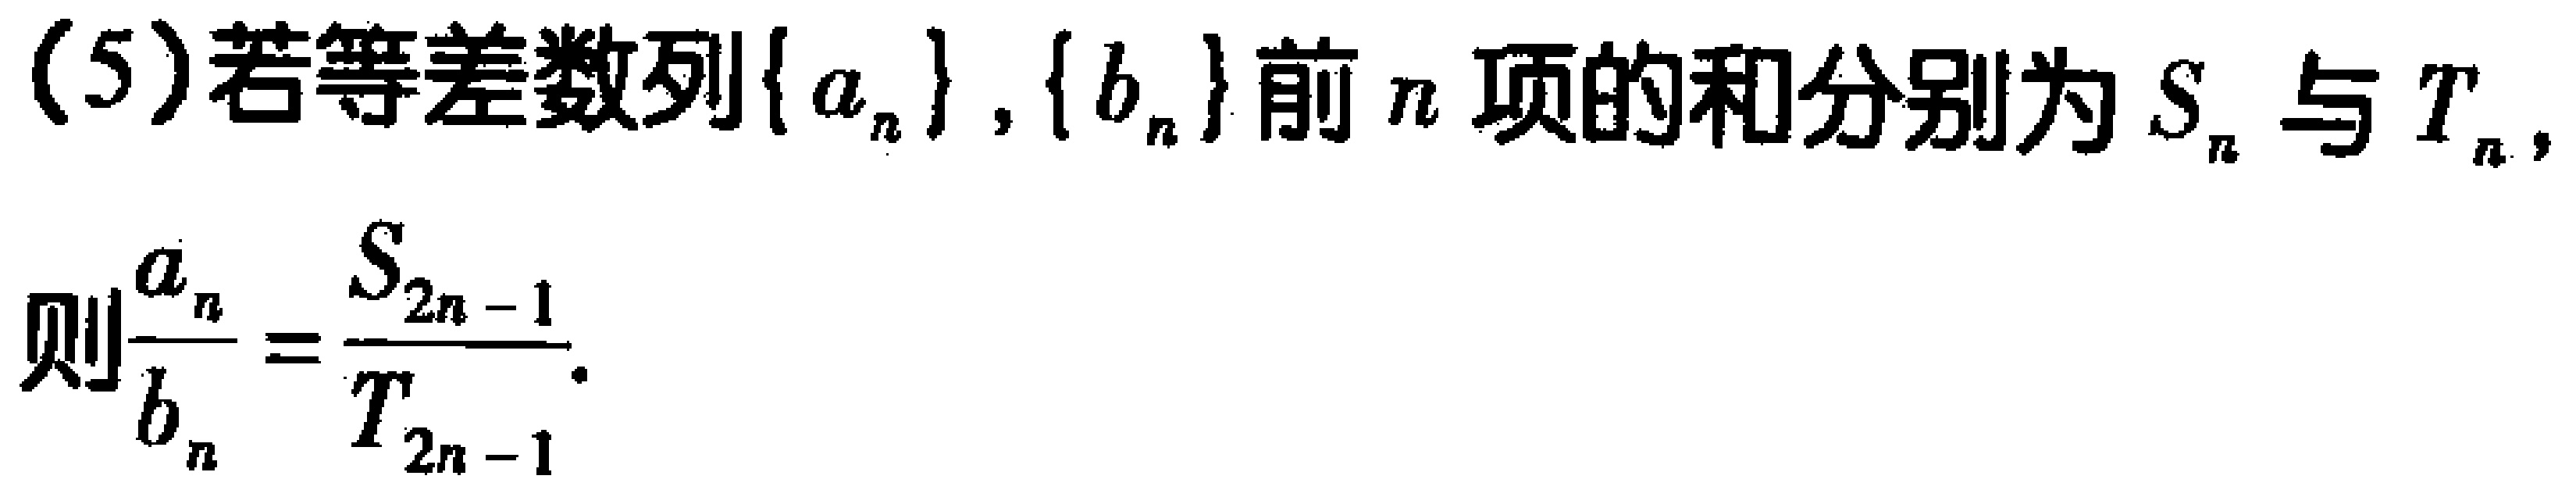
(5)若等差数列$\{ a_{n}\},\{ b_{n}\}$前$n$项的和分别为$S_{n}$与$T_{n}$，
则$\frac{a_{n}}{b_{n}}=\frac{S_{2n - 1}}{T_{2n - 1}}.$